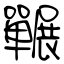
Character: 囅